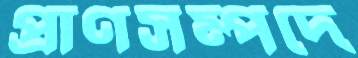
প্রাণসম্পদে